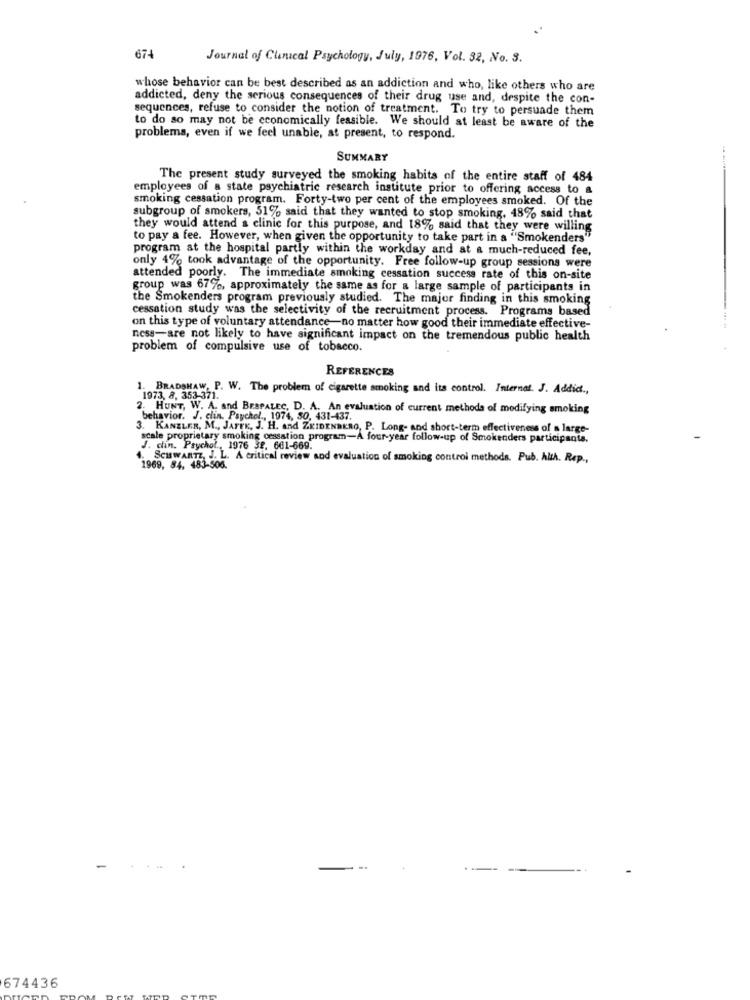
674
Journal of Clinical Psychology, July, 1976, Vol. 32, No. 3.
whose behavior can be best described as an addiction and who, like others who are
addicted, deny the serious consequences of their drug use and, despite the con-
sequences, refuse to consider the notion of treatment. To try to persuade them
to do so may not be economically feasible. We should at least be aware of the
problema, even if we feel unable, at present, to respond.
SUMMARY
The present study surveyed the smoking habits of the entire staff of 484
employees of a state psychiatric research institute prior to offering access to a
smoking cessation program. Forty-two per cent of the employees smoked. Of the
subgroup of smokers, 51% said that they wanted to stop smoking, 48% said that
they would attend a clinic for this purpose, and 18% said that they were willing
to pay a fee. However, when given the opportunity to take part in a "Smokenders"
program at the hospital partly within the workday and at a much-reduced fee,
only 4% took advantage of the opportunity. Free follow-up group sessions were
attended poorly. The immediate smoking cessation success rate of this on-site
group was 67%, approximately the same as for a large sample of participants in
the Smokenders program previously studied. The major finding in this smoking
cessation study was the selectivity of the recruitment process. Programs based
on this type of voluntary attendance-no matter how good their immediate effective-
ness-are not likely to have significant impact on the tremendous public health
problem of compulsive use of tobacco.
REFERENCES
1. BRADSHAW. P. W. The problem of cigarette smoking and its control. Internal. J. Addict .,
1973, 8. 353 371.
2. HUNT, W. A. and BESPALEC. D. A. An evaluation of current methods of modifying smoking
behavior. J. clin. Psychol ., 1974, 50, 431-437.
3. KANZLER, M ., JAFEK, J. H. and ZKIDENBERG, P. Long- and short-term effectiveness of a large-
scale proprietary smoking cessation program-A four-year follow-up of Smokenders participante.
J. chn. Psychol, 1976 32. 661-669.
SCHWARTZ, J. L. A critical review and evaluation of smoking controi methods. Pub. huth. Rep .,
1969, 84, 483-506.
-
674436